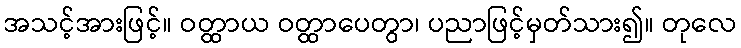
အသင့်အားဖြင့်။ ဝတ္ထာယ ဝတ္ထာပေတွာ၊ ပညာဖြင့်မှတ်သား၍။ တုလေ